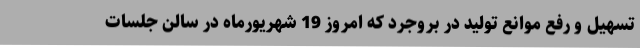
تسهیل و رفع موانع تولید در بروجرد که امروز 19 شهریورماه در سالن جلسات